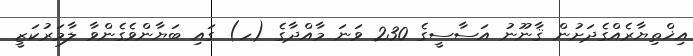
އިޚްތިޔާރެއްގެދަށުން ޤާނޫނު އަސާސީގެ 230 ވަނަ މާއްދާގެ (ހ) ގައި ބަޔާންވެގެންވާ ލާމަރުކަޒީ